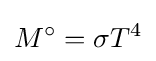
M^{\circ }=\sigma T^{4}